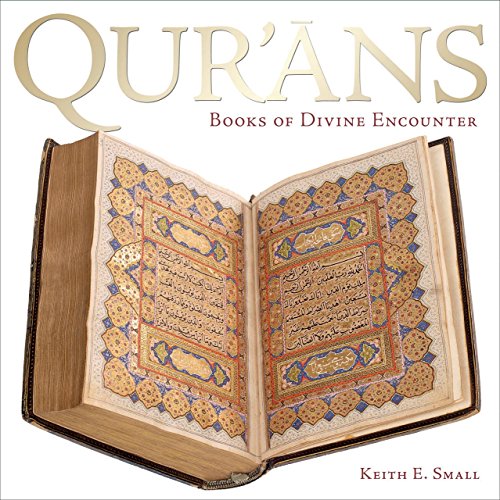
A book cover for Qur'ans: Books of Divine Encounter; Keith E. Small; Religion & Spirituality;